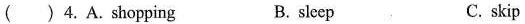
( )4. A.shopping B. sleep C. skip